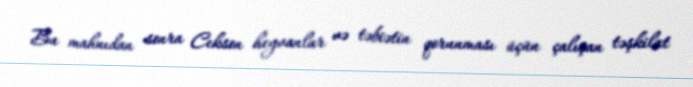
Bu mahnıdan sonra Cekson heyvanlar və təbiətin qorunması üçün çalışan təşkilat